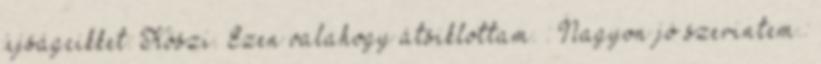
újságcikket: Köszi. Ezen valahogy átsiklottam. : Nagyon jó szerintem.: